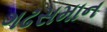
ગઢસમાન